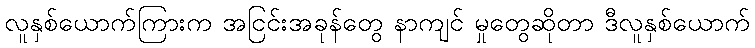
လူနှစ်ယောက်ကြားက အငြင်းအခုန်တွေ နာကျင် မှုတွေဆိုတာ ဒီလူနှစ်ယောက်